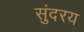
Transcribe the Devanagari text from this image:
सुंदरय